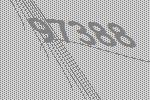
97388